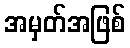
အမှတ်အဖြစ်